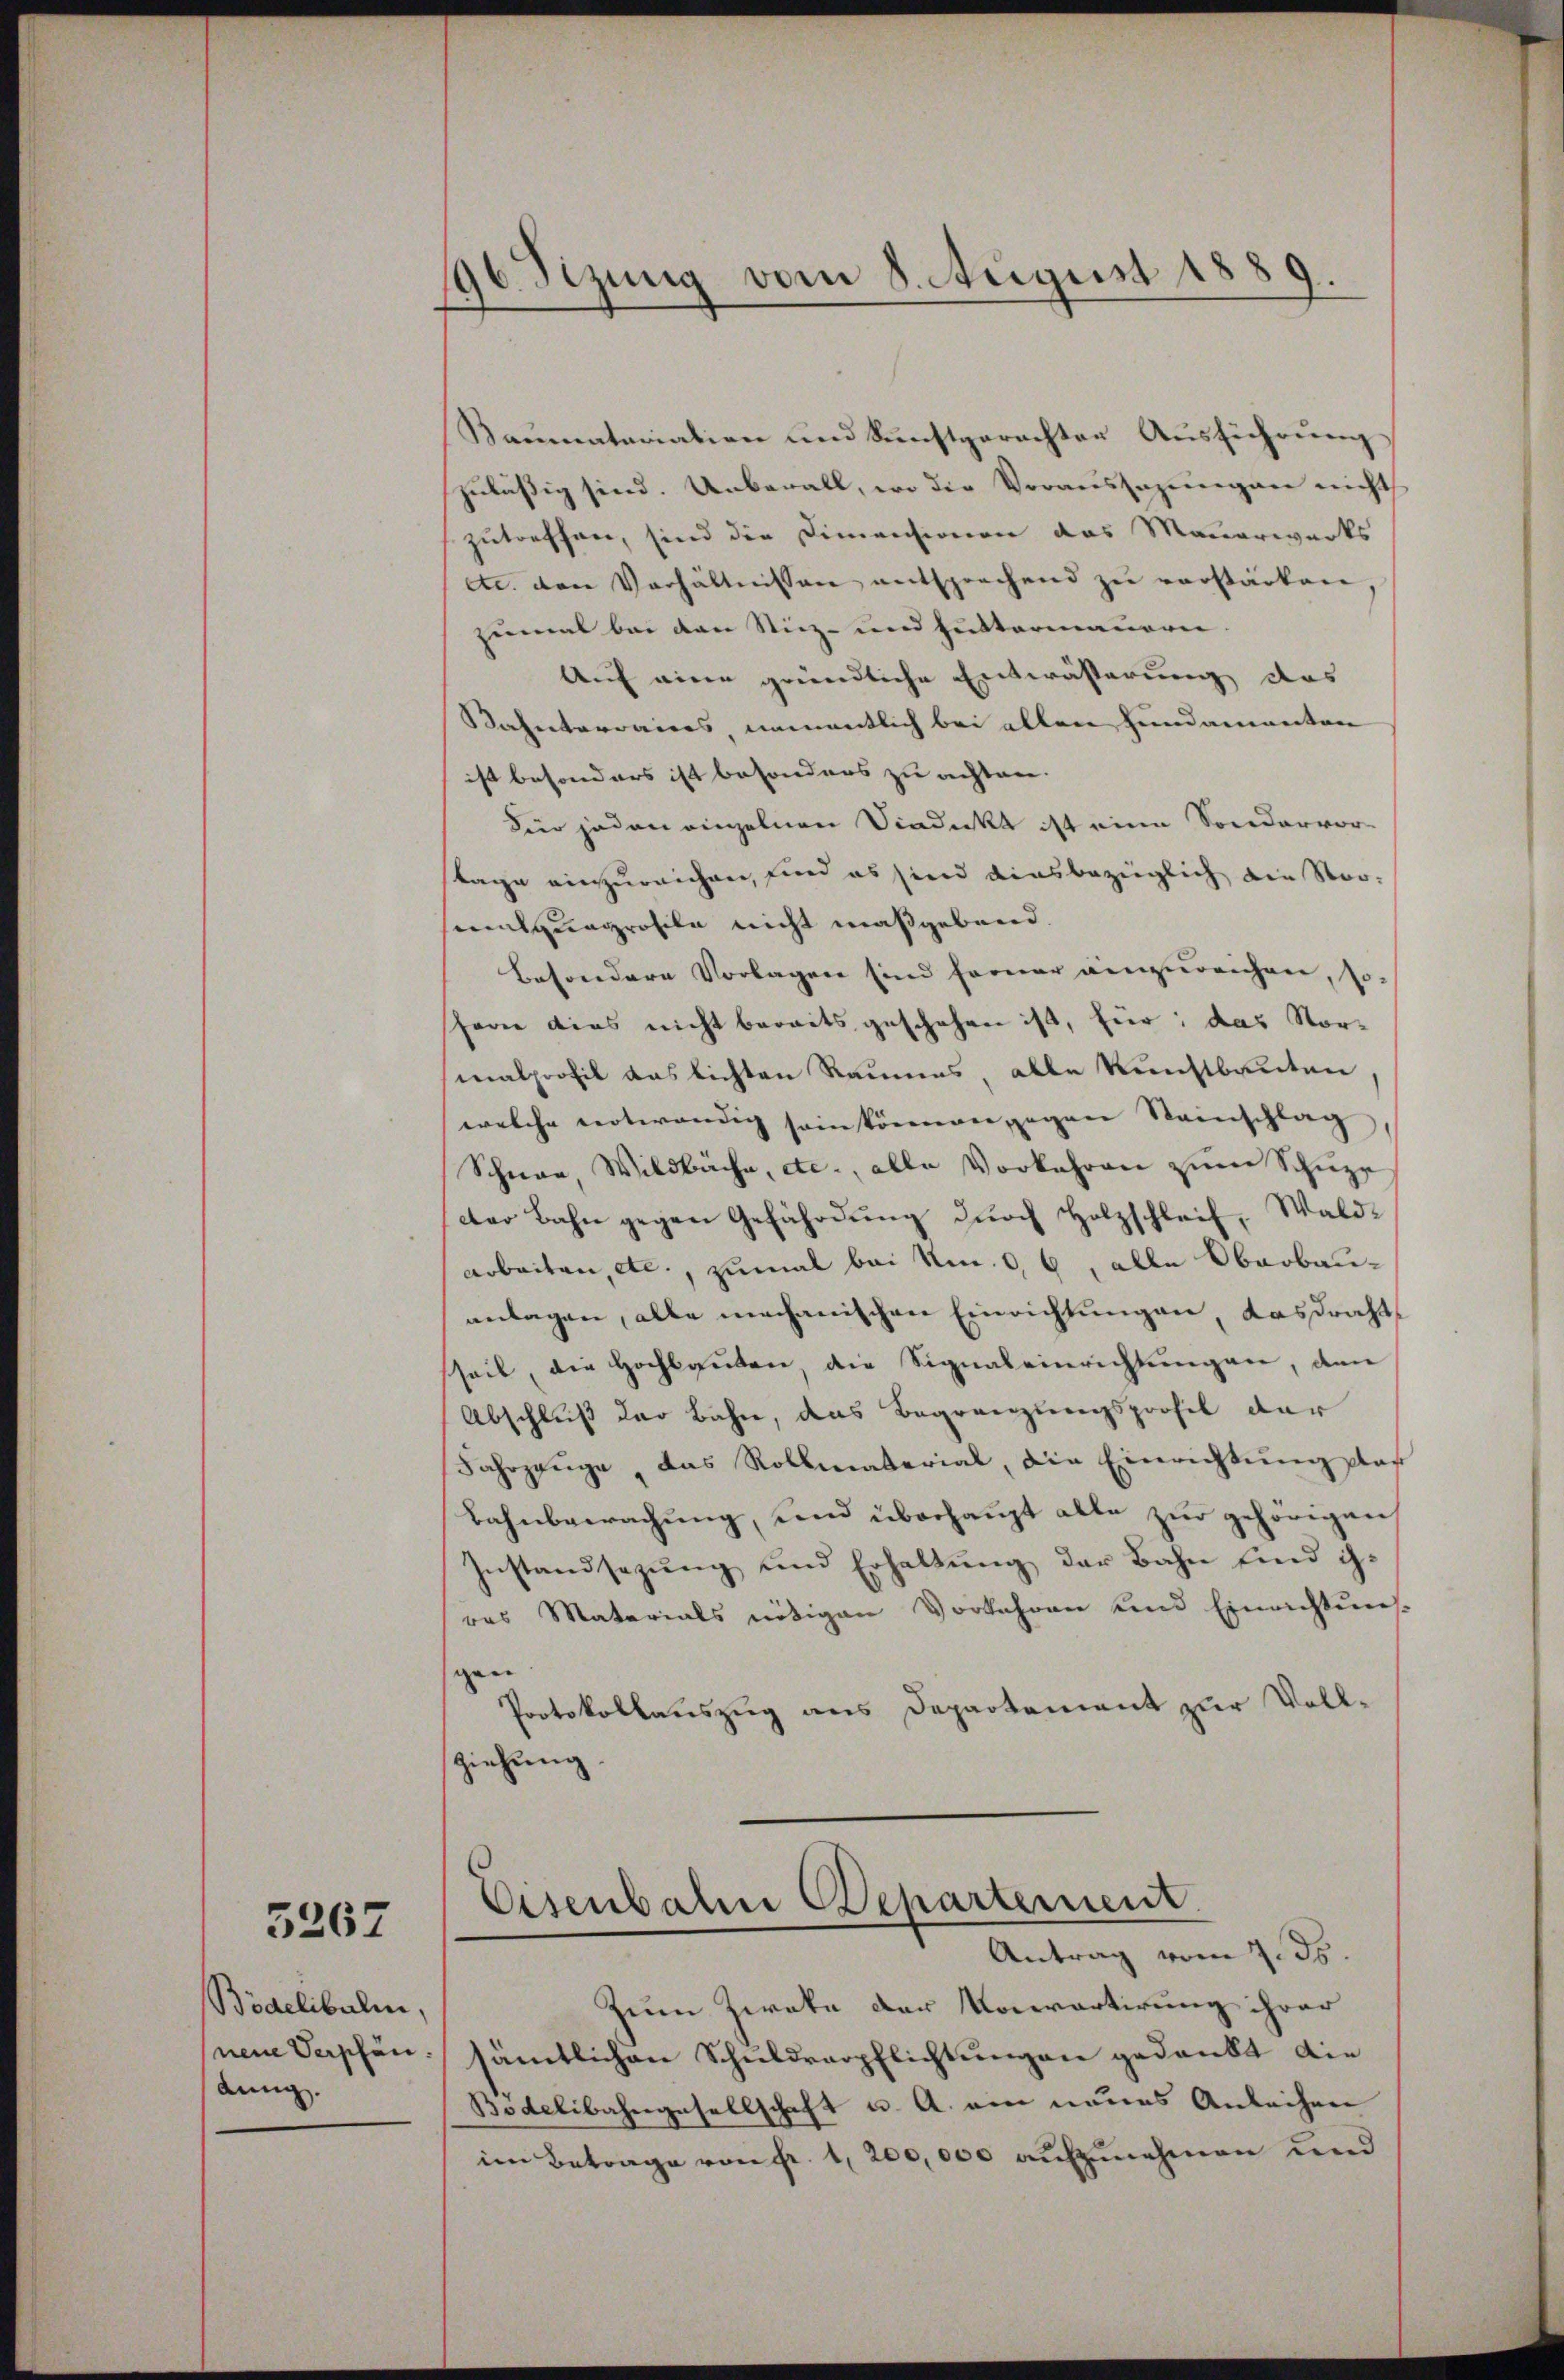
Bidelibalen,
neue Verschön.
dung.

5267

96. Sizung vom 8. August 1889.

Eisenbahn Departement
Antrag vom 7. ds.

Baumateriation und Kunstgerechter Ausführung
zuläßig sind. Unberall, wo die Voraussagungen nicht
zutreffen, sind die Dimensionen das Mauerwerks
etc. den Verhältnissen entsprechend zu verstärken
zumal bei den Stiz- und Futtermaueren.
Auf eine gründliche Entwässerung des
Sahenterraines namentlich bei allen Hundamanten
ist besonders ist besonders zu achten.
fier jeden einzelnen Siedikt ist eine Sondervor-
stage einzureichen, sind es sind diesbezüglich die Strostquagrohile nicht maßgebend.
besondere Vorlagen sind ferner anzureichen, so
harne dies nicht bereits geschehen ist, für das Vormalprofil das lichten Raumes, alle Kunstbauten,
welche notwendig sein können gegen Steinschlag,
Schnee, Wildbache, etc., alle Vorkehren zum Schuze
dter Bahn gegen Gefährdung durch Holzschleif, Wald¬
Arbeiten etc., zumal bei Am. 3, 6, alle Oberbauanlagen, alle mechanischen Einrichtungen, das draht
seit, die Hochbauten die Signaleinrichtungen, den
Abschluß der Bahn, das Begränzungsprofil der
Jahrzeuge, das Rollmaterial, die Einrichtung daf
Bahnbewachung, und überhaupt alle zur gehörigen
Zustandsazung und Erhaltung der Bahn sind ge
res Materials nötigen Vorkehren und Einrichtung
gen
Protokollauszug aus Departement zur Voll-
ziehung

Zum Zweke der Komartirung ihrer
sämtlichen Schuldverpflichtungen gedankt die
Bodelibahngesellschaft u. A. am neues Anleihen
im Betrage von Fr. 1, 200,000 aufzunehmen und